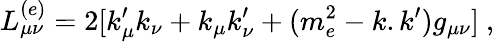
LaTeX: L_{\mu\nu}^{(e)}=2[k_{\mu}^{\prime}k_{\nu}+k_{\mu}k_{\nu}^{\prime}+(m_{e}^{2}-k.k^{\prime})g_{\mu\nu}]\ ,